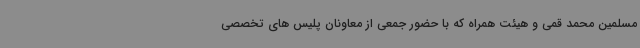
مسلمین محمد قمی و هیئت همراه که با حضور جمعی از معاونان پلیس های تخصصی